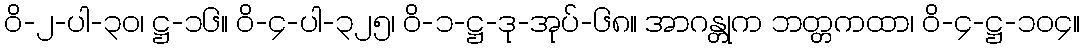
ဝိ-၂-ပါ-၃၀၊ ဋ္ဌ-၁၆။ ဝိ-၄-ပါ-၃၂၅၊ ဝိ-၁-ဋ္ဌ-ဒု-အုပ်-၆၈။ အာဂန္တုက ဘတ္တကထာ၊ ဝိ-၄-ဋ္ဌ-၁၀၄။